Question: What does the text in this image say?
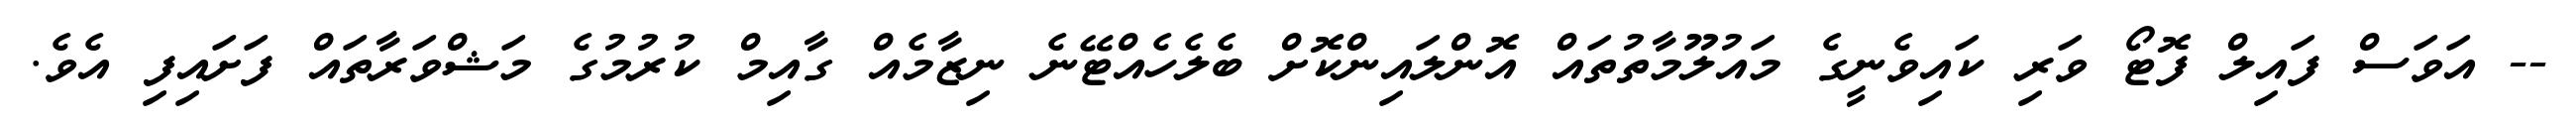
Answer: -- އަވަސް ފައިލް ފޮޓޯ ވަރި ކައިވެނީގެ މައުލޫމާތުތައް އޮންލައިންކޮށް ބެލެހެއްޓޭނެ ނިޒާމެއް ގާއިމް ކުރުމުގެ މަޝްވަރާތައް ފަށައިފި އެވެ.